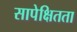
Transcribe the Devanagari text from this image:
सापेक्षितता